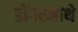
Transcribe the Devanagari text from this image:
डोंगरमाथे